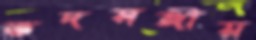
তদসঙ্গীয়